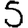
Digit: 5